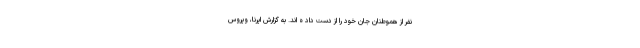
نفر از هموطنان جان خود را از دست داد ه اند. به گزارش ایرنا، ویروس